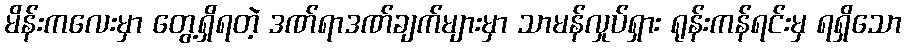
မိန်းကလေးမှာ တွေ့ရှိရတဲ့ ဒဏ်ရာဒဏ်ချက်များမှာ သာမန်လှုပ်ရှား ရုန်းကန်ရင်းမှ ရရှိသော